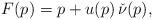
LaTeX: \begin{align*}F(p) &= p + u(p) \, \check{\nu}(p),\end{align*}